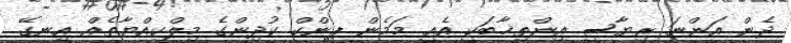
ދެން އަންނަ ރިޔާސީ އިންތިޚާބަކީ އެއީ މަމެން ޕިންކް ކުދިންގެ މިލްކިއްޔާތެއް އިނގޭ.